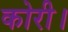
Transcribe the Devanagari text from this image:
कोरी।